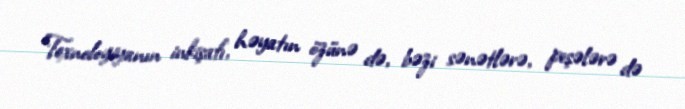
Texnologiyanın inkişafı, həyatın özünə də, bəzi sənətlərə, peşələrə də